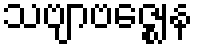
သဗျာဗဇ္ဈေန